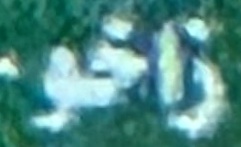
زاخو